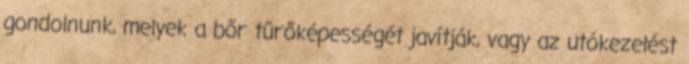
gondolnunk, melyek a bőr tűrőképességét javítják, vagy az utókezelést